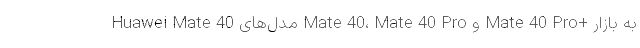
Huawei Mate 40 مدل‌های Mate 40، Mate 40 Pro و Mate 40 Pro+ به بازار